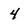
Character: 4